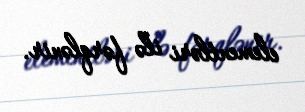
elementləri ilə fərqlənir.